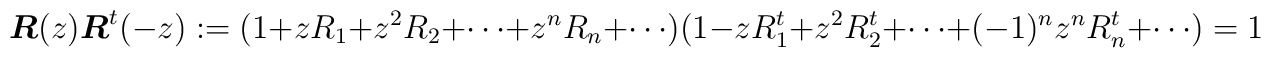
\mbox{\boldmath $R$}(z)\mbox{\boldmath $R$}^t(-z) :=(1 + z R_1 + z^2 R_2 + \cdots + z^n R_n + \cdots)(1 - z R_1^t + z^2 R_2^t + \cdots + (-1)^n z^n R_n^t + \cdots)= 1